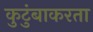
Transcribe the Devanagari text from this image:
कुटुंबाकरता